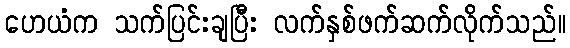
ဟေယံက သက်ပြင်းချပြီး လက်နှစ်ဖက်ဆက်လိုက်သည်။